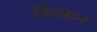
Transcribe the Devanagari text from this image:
विवसन